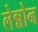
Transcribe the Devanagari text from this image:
लेन्नोन